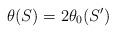
LaTeX: \begin{align*} \theta(S)=2\theta_0(S') \end{align*}